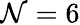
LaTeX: \mathcal{N}=6